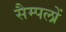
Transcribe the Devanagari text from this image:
सैम्पलों